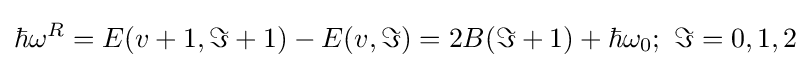
\hbar {{\omega }^{R}}=E(v+1,\Im +1)-E(v,\Im )=2B(\Im +1)+\hbar {{\omega }_{0}};{\text{ }}\Im =0,1,2